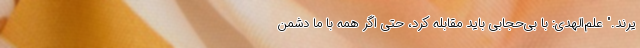
یرند." علم‌الهدی: با بی‌حجابی باید مقابله کرد، حتی اگر همه با ما دشمن